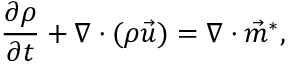
\frac { \partial { \rho } } { \partial t } + \nabla \cdot ( { \rho } \vec { u } ) = \nabla \cdot \vec { m } ^ { * } ,